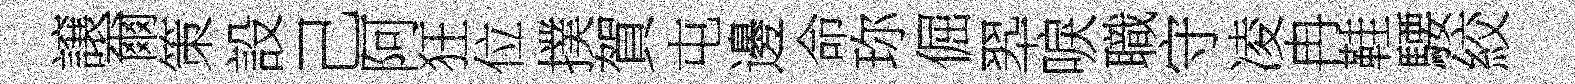
譲爾策設己阿狂位撲賀屯邊命珎倔翆唳職守凌冉鞋騕絞